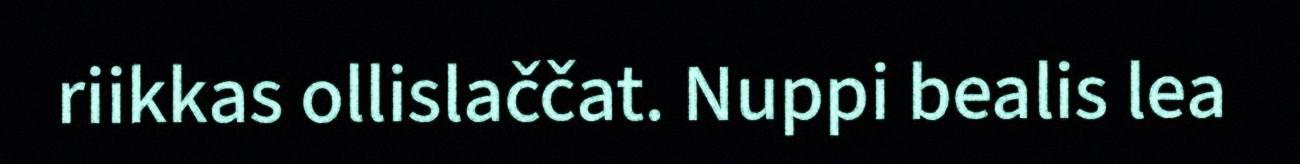
riikkas ollislaččat. Nuppi bealis lea